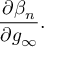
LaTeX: \frac { \partial \beta _ { n } } { \partial g _ { \infty } } .